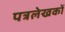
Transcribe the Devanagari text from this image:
पत्रलेखकों